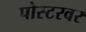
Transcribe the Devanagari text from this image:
पोस्टरवर